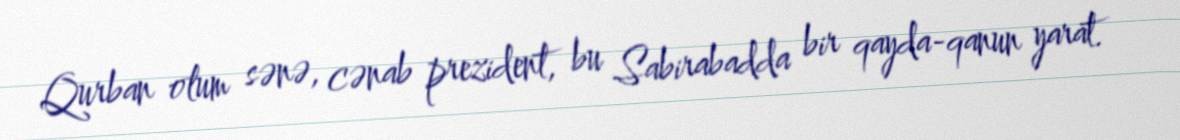
Qurban olum sənə, cənab prezident, bu Sabirabadda bir qayda-qanun yarat.